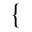
\left\{ \begin{array} { l l } \end{array} \right.